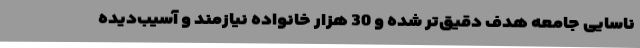
ناسایی جامعه هدف دقیق‌تر شده و 30 هزار خانواده نیازمند و آسیب‌دیده